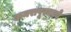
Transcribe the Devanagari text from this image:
अमरापूरमध्ये